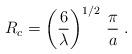
LaTeX: \begin{align*}R_c=\left(\frac{6}{\lambda}\right)^{1/2}\,\frac{\pi}{a}\;.\end{align*}